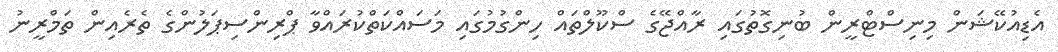
އެޑިއުކޭޝަން މިނިސްޓްރީން ބުނިގޮތުގައި ރާއްޖޭގެ ސްކޫލްތައް ހިންގުމުގައި މަސައްކަތްކުރައްވާ ޕްރިންސިޕަލުންގެ ތެރެއިން ތަމްރީނު